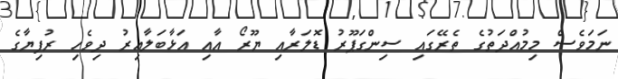
ނަމަވެސް މިމުއްދަތުގެ ތެރޭގައި ސިންގަޕޫރު ޑޮލަރާއި ޔޫރޯ އާއި އަޅާބަލާއިރު ދިވެހި ރުފިޔާގެ